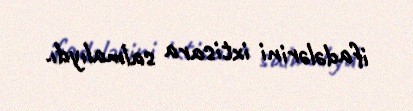
ifadələrini ixtisara salmalıydı.